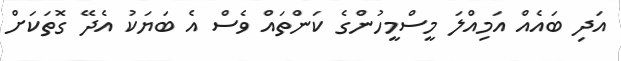
އަދި ބައެއް އަމިއްލަ މީސްމީހުންގެ ކަންތައް ވެސް އެ ބަޔަކު އެދޭ ގޮތަކަށް